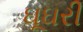
ઘૂઘરી